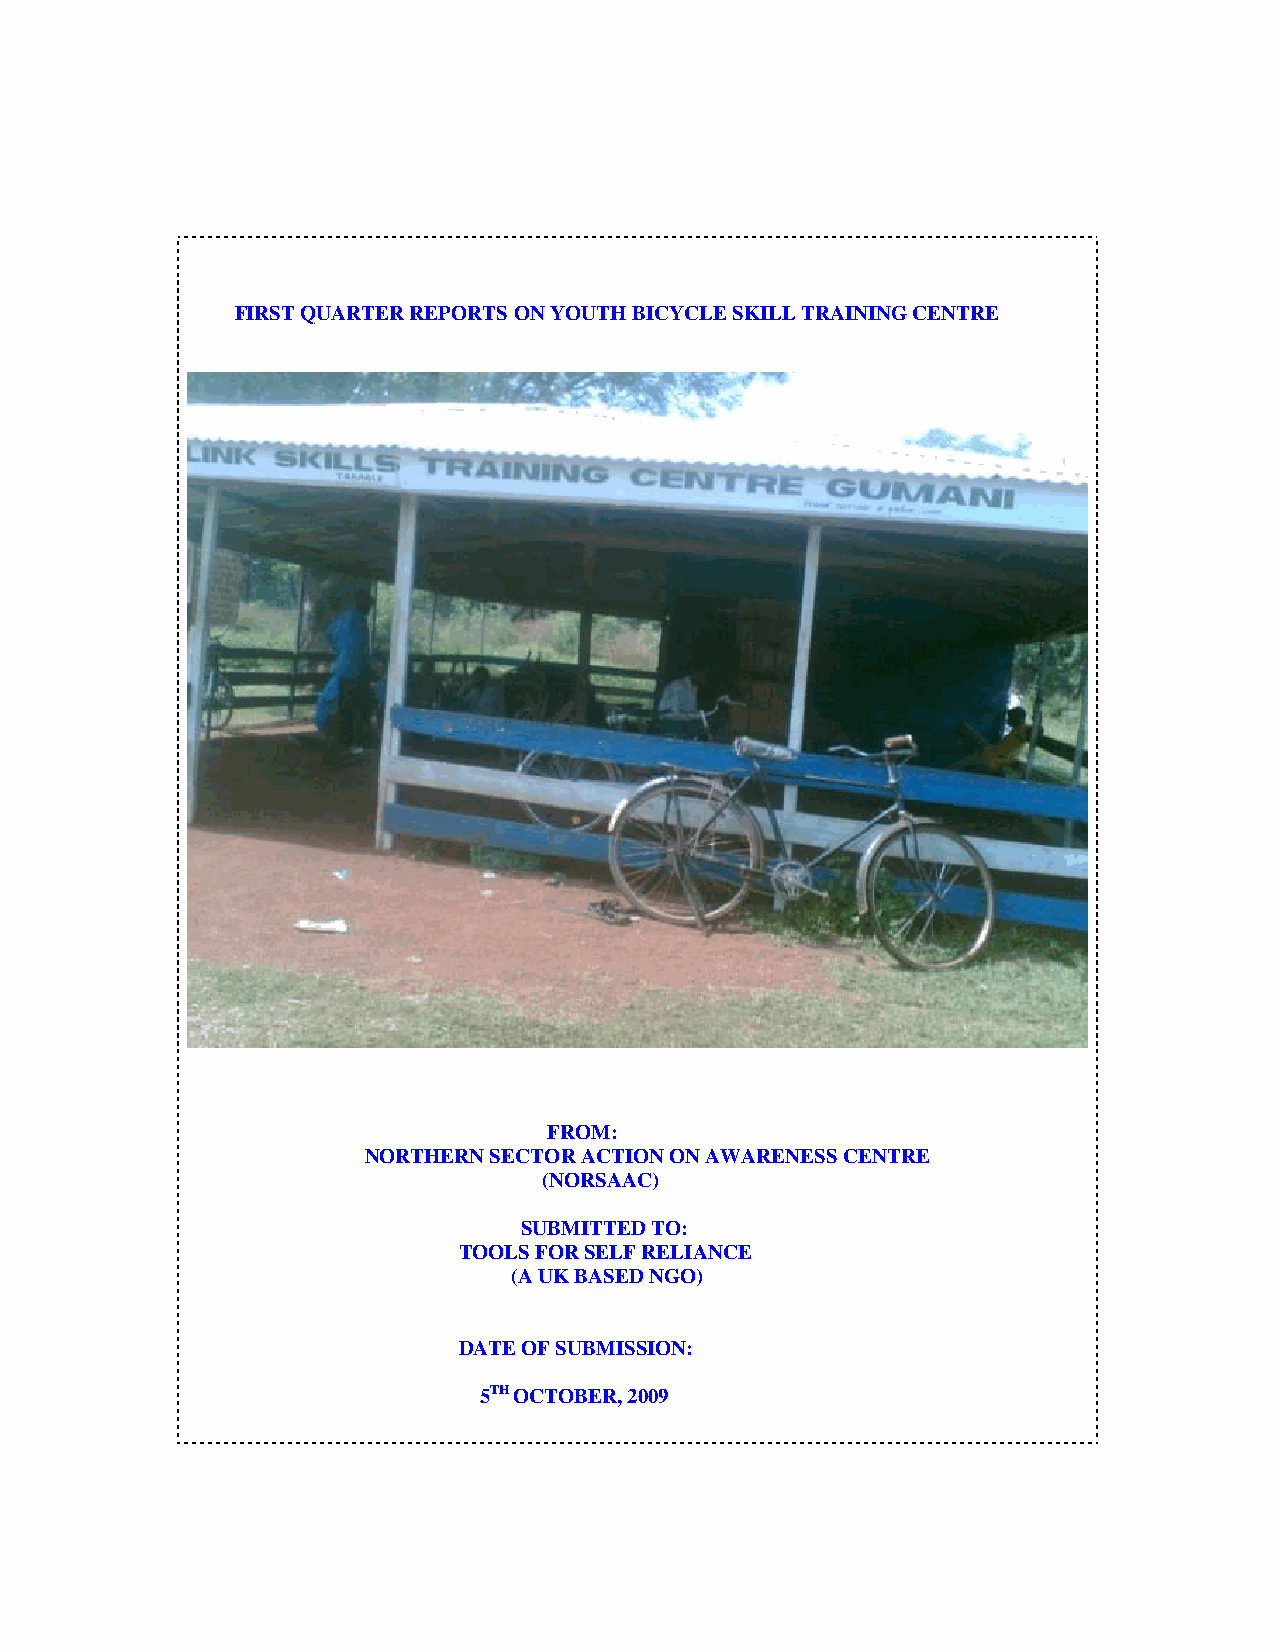
FIRST QUARTER REPORTS ON YOUTH BICYCLE SKILL TRAINING CENTRE
 FROM:
 NORTHERN SECTOR ACTION ON AWARENESS CENTRE
 (NORSAAC)
 SUBMITTED TO:
 TOOLS FOR SELF RELIANCE
 (A UK BASED NGO)
 DATE OF SUBMISSION:
 5TH OCTOBER, 2009